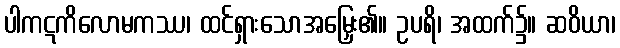
ပါကဋကိလောမကဿ၊ ထင်ရှားသောအမြှေး၏။ ဥပရိ၊ အထက်၌။ ဆဝိယာ၊